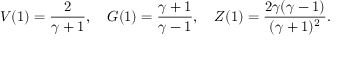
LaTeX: V ( 1 ) = { \frac { 2 } { \gamma + 1 } } , \quad G ( 1 ) = { \frac { \gamma + 1 } { \gamma - 1 } } , \quad Z ( 1 ) = { \frac { 2 \gamma ( \gamma - 1 ) } { ( \gamma + 1 ) ^ { 2 } } } .